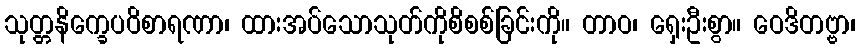
သုတ္တနိက္ခေပဝိစာရဏာ၊ ထားအပ်သောသုတ်ကိုစိစစ်ခြင်းကို။ တာဝ၊ ရှေးဦးစွာ။ ဝေဒိတဗ္ဗာ၊